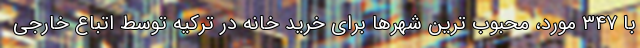
با ۳۴۷ مورد، محبوب ترین شهرها برای خرید خانه در ترکیه توسط اتباع خارجی